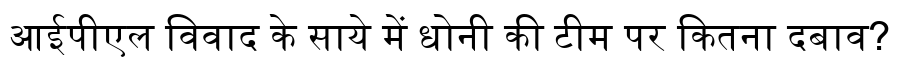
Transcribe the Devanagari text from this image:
आईपीएल विवाद के साये में धोनी की टीम पर कितना दबाव?